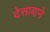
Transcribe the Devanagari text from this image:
देसायाने